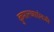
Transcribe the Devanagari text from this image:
कुमारच्याऐवजी